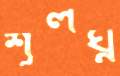
শূলঘ্ন